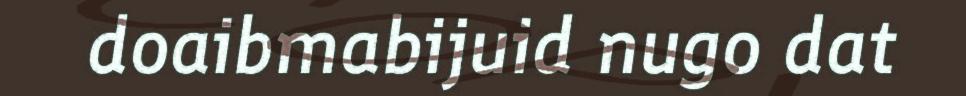
doaibmabijuid nugo dat